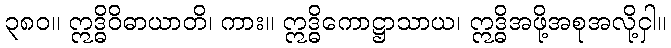
၃၈၀။ ဣဒ္ဓိဝိဓာယာတိ၊ ကား။ ဣဒ္ဓိကောဋ္ဌာသာယ၊ ဣဒ္ဓိအဖို့အစုအလို့ငှါ။